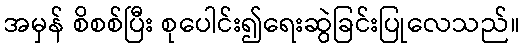
အမှန် စိစစ်ပြီး စုပေါင်း၍ရေးဆွဲခြင်းပြုလေသည်။